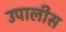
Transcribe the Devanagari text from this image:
उपालीस